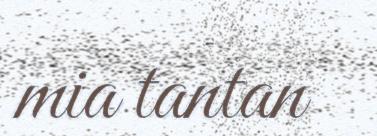
mia tantan